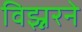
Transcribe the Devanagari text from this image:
विझ्नरने